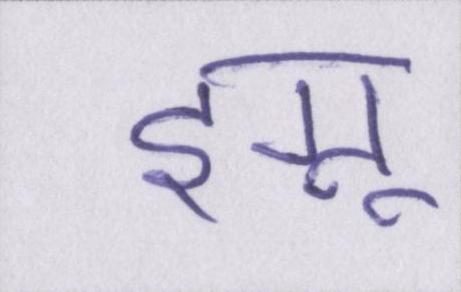
इग्नू